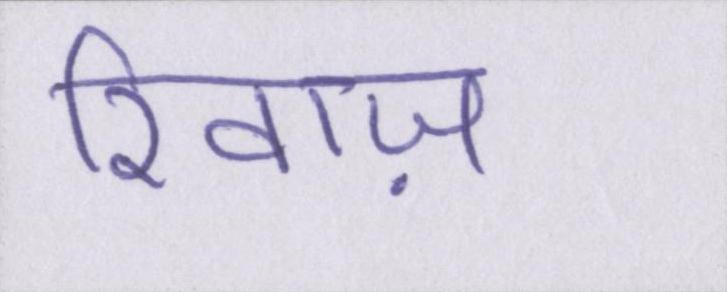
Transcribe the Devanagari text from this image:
रिवाज़